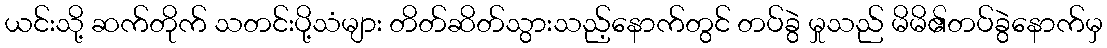
ယင်းသို့ ဆက်တိုက် သတင်းပို့သံများ တိတ်ဆိတ်သွားသည့်နောက်တွင် တပ်ခွဲ မှုသည် မိမိ၏တပ်ခွဲနောက်မှ